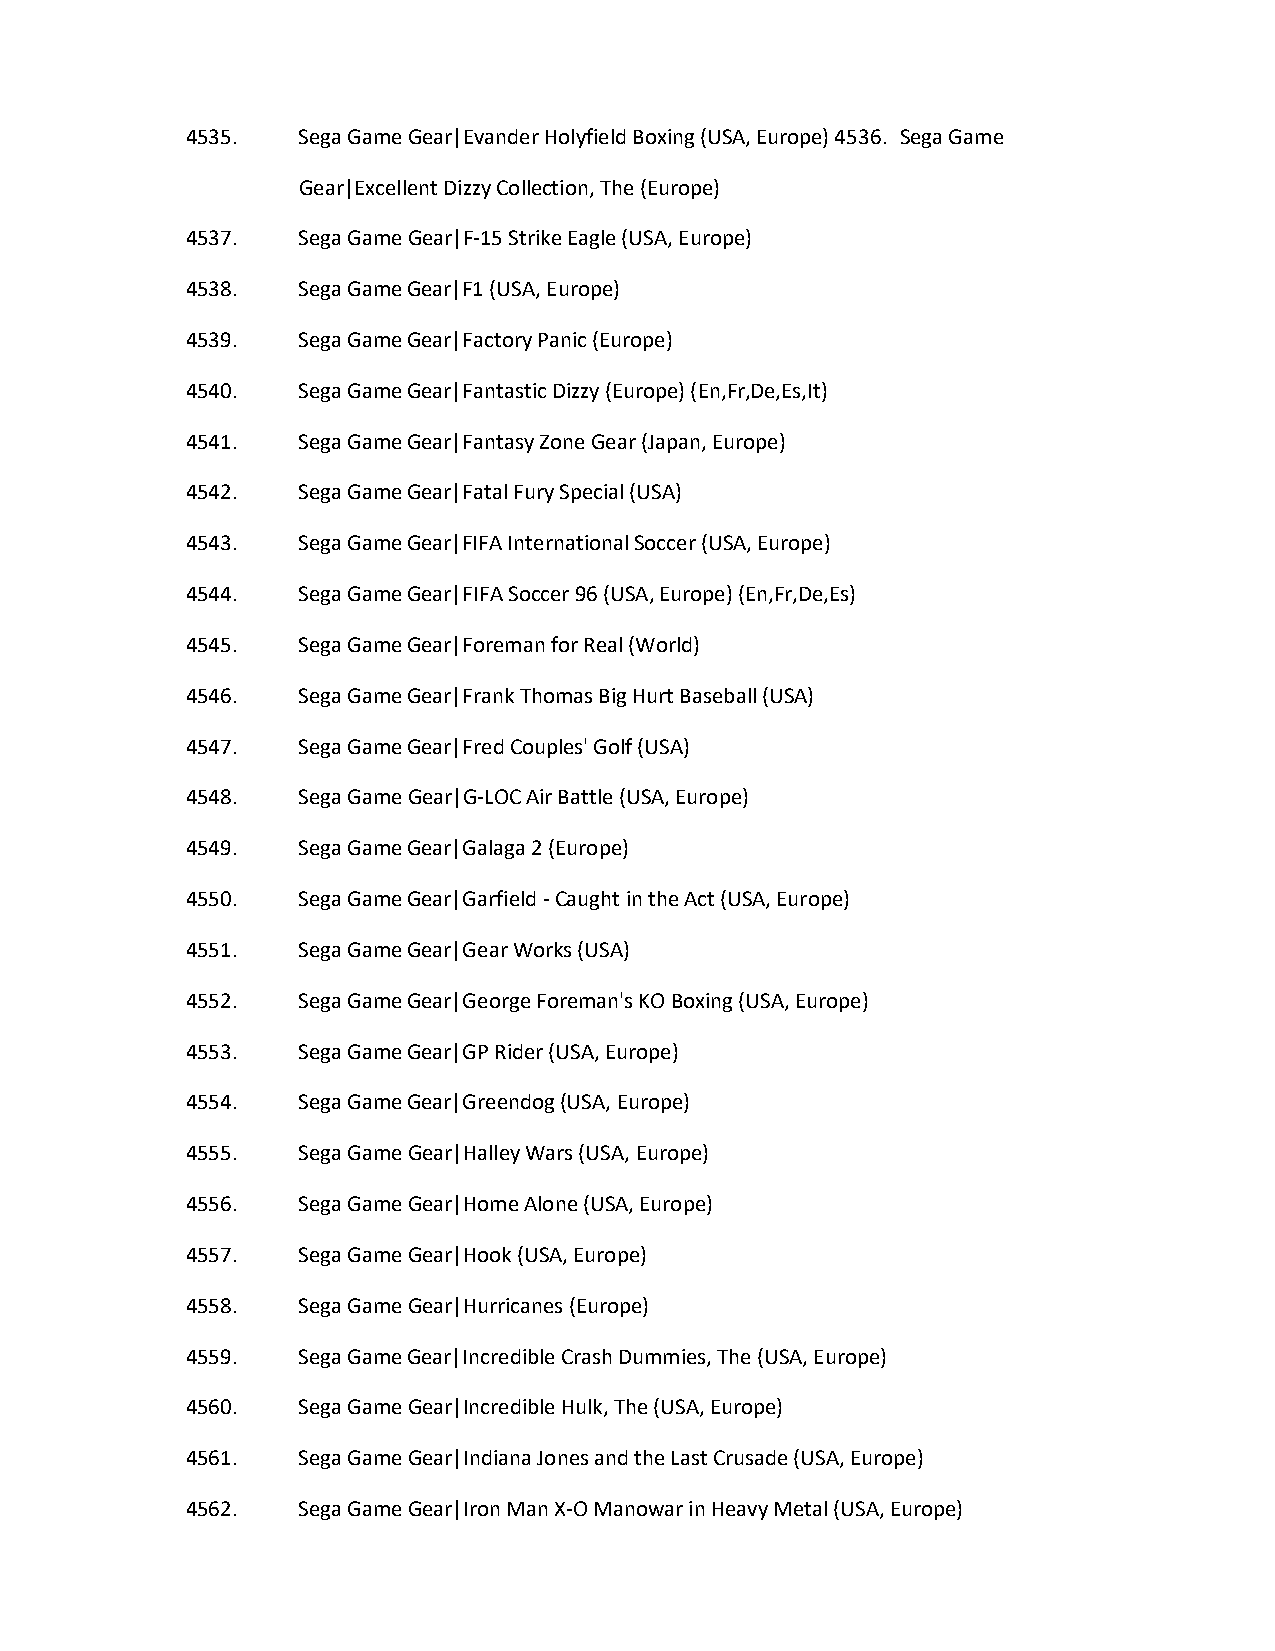
4535.   Sega Game Gear|Evander Holyfield Boxing (USA, Europe) 4536. Sega Game
 Gear|Excellent Dizzy Collection, The (Europe)
 4537.   Sega Game Gear|F-15 Strike Eagle (USA, Europe)
 4538.   Sega Game Gear|F1 (USA, Europe)
 4539.   Sega Game Gear|Factory Panic (Europe)
 4540.   Sega Game Gear|Fantastic Dizzy (Europe) (En,Fr,De,Es,It)
 4541.   Sega Game Gear|Fantasy Zone Gear (Japan, Europe)
 4542.   Sega Game Gear|Fatal Fury Special (USA)
 4543.   Sega Game Gear|FIFA International Soccer (USA, Europe)
 4544.   Sega Game Gear|FIFA Soccer 96 (USA, Europe) (En,Fr,De,Es)
 4545.   Sega Game Gear|Foreman for Real (World)
 4546.   Sega Game Gear|Frank Thomas Big Hurt Baseball (USA)
 4547.   Sega Game Gear|Fred Couples' Golf (USA)
 4548.   Sega Game Gear|G-LOC Air Battle (USA, Europe)
 4549.   Sega Game Gear|Galaga 2 (Europe)
 4550.   Sega Game Gear|Garfield - Caught in the Act (USA, Europe)
 4551.   Sega Game Gear|Gear Works (USA)
 4552.   Sega Game Gear|George Foreman's KO Boxing (USA, Europe)
 4553.   Sega Game Gear|GP Rider (USA, Europe)
 4554.   Sega Game Gear|Greendog (USA, Europe)
 4555.   Sega Game Gear|Halley Wars (USA, Europe)
 4556.   Sega Game Gear|Home Alone (USA, Europe)
 4557.   Sega Game Gear|Hook (USA, Europe)
 4558.   Sega Game Gear|Hurricanes (Europe)
 4559.   Sega Game Gear|Incredible Crash Dummies, The (USA, Europe)
 4560.   Sega Game Gear|Incredible Hulk, The (USA, Europe)
 4561.   Sega Game Gear|Indiana Jones and the Last Crusade (USA, Europe)
 4562.   Sega Game Gear|Iron Man X-O Manowar in Heavy Metal (USA, Europe)